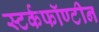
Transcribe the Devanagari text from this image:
स्टर्कफॉण्टीन